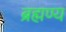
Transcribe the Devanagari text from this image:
ब्रह्मण्य